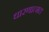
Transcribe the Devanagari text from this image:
धारणात्मत